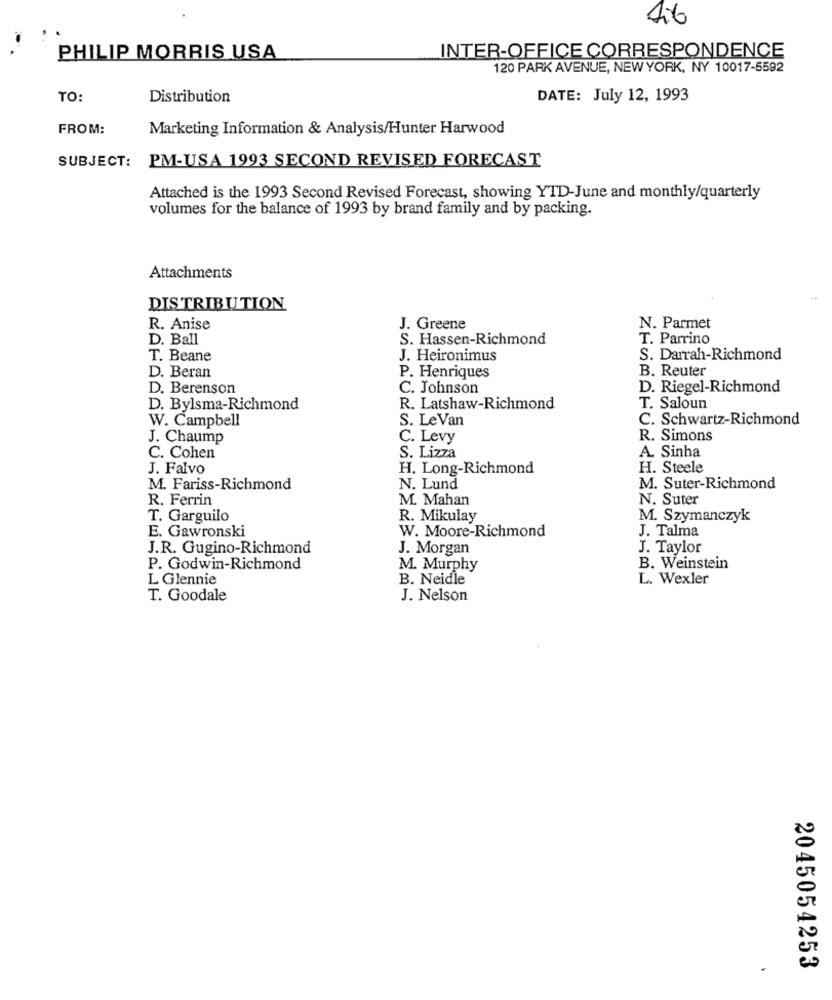
16
PHILIP MORRIS USA
INTER-OFFICE CORRESPONDENCE
120 PARK AVENUE, NEW YORK, NY 10017-5592
TO:
Distribution
DATE: July 12, 1993
FROM:
Marketing Information & Analysis/Hunter Harwood
SUBJECT: PM-USA 1993 SECOND REVISED FORECAST
Attached is the 1993 Second Revised Forecast, showing YTD-June and monthly/quarterly
volumes for the balance of 1993 by brand family and by packing.
Attachments
DISTRIBUTION.
R. Anise
J. Greene
N. Parmet
D. Ball
S. Hassen-Richmond
T. Parrino
T. Beane
J. Heironimus
S. Darrah-Richmond
B. Reuter
D. Beran
P. Henriques
D. Berenson
C. Johnson
D. Riegel-Richmond
D. Bylsma-Richmond
R. Latshaw-Richmond
T. Saloun
W. Campbell
S. Le Van
C. Schwartz-Richmond
J. Chaump
C. Levy
R. Simons
C. Cohen
S. Lizza
A. Sinha
J. Falvo
H. Long-Richmond
H. Steele
M. Fariss-Richmond
N. Lund
M. Suter-Richmond
R. Ferrin
M. Mahan
N. Suter
T. Garguilo
R. Mikulay
M. Szymanczyk
W. Moore-Richmond
J. Talma
E. Gawronski
J.R. Gugino-Richmond
J. Morgan
J. Taylor
P. Godwin-Richmond
M. Murphy
B. Weinstein
L Glennie
B. Neidle
L. Wexler
T. Goodale
J. Nelson
.
2045054253